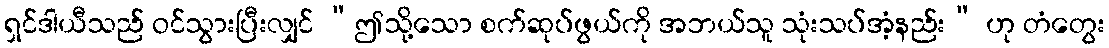
ရှင်ဒါယီသည် ဝင်သွားပြီးလျှင် “ဤသို့သော စက်ဆုပ်ဖွယ်ကို အဘယ်သူ သုံးသပ်အံ့နည်း” ဟု တံတွေး